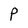
Character: P